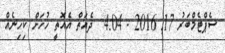
ސެޕްޓެމްބަރު 17